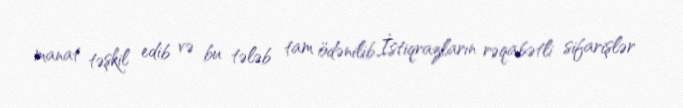
manat təşkil edib və bu tələb tam ödənilib.İstiqrazların rəqabətli sifarişlər